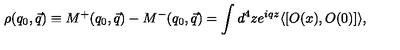
\rho ( q _ { 0 } , \vec { q } ) \equiv M ^ { + } ( q _ { 0 } , \vec { q } ) - M ^ { - } ( q _ { 0 } , \vec { q } ) \nonumber = \int d ^ { 4 } z e ^ { i q z } \langle [ O ( x ) , O ( 0 ) ] \rangle ,